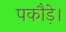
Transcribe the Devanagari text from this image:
पकौड़े।